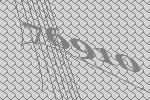
76910